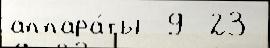
аппара́ты -9 -23